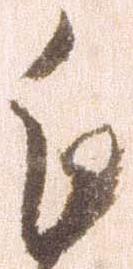
乍